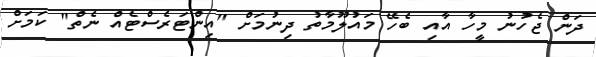
ދަން ޖެހުނު މީހާ އާއި ބެހޭ މައުލޫމާތު ދިނުމަށް "އިންޓަރެސްޓެއް ނެތް" ކަމަށް